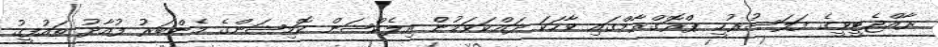
ރާއްޖެޓީވީގެ ފަލަސުރުހީ ޕްރޮގްރާމްގައި ވާހަކަ ދައްކަވަމުން އިލެކްޝަން ކޮމިޝަންގެ މެންބަރު ފުއާދު ތައުފީގު